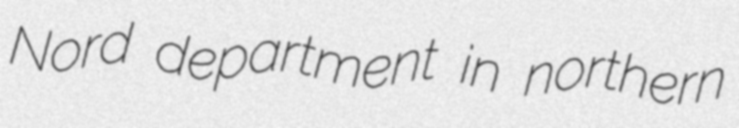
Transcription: Nord department in northern